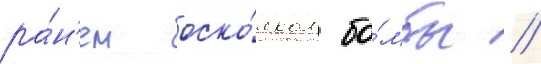
ра́н'ен оско́лком бо́мбы //